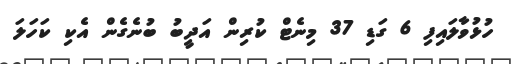
ހުޅުވާލައިފި 6 ގަޑި 37 މިނެޓް ކުރިން އަދީބު ބުނެގެން އެކި ކަހަލަ